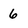
Character: 6